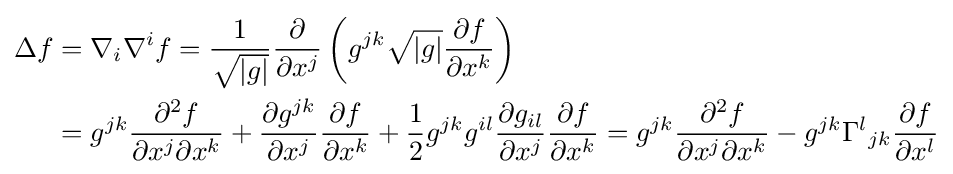
{\begin{aligned}\Delta f&=\nabla _{i}\nabla ^{i}f={\frac {1}{\sqrt {|g|}}}{\frac {\partial }{\partial x^{j}}}\left(g^{jk}{\sqrt {|g|}}{\frac {\partial f}{\partial x^{k}}}\right)\\&=g^{jk}{\frac {\partial ^{2}f}{\partial x^{j}\partial x^{k}}}+{\frac {\partial g^{jk}}{\partial x^{j}}}{\frac {\partial f}{\partial x^{k}}}+{\frac {1}{2}}g^{jk}g^{il}{\frac {\partial g_{il}}{\partial x^{j}}}{\frac {\partial f}{\partial x^{k}}}=g^{jk}{\frac {\partial ^{2}f}{\partial x^{j}\partial x^{k}}}-g^{jk}\Gamma ^{l}{}_{jk}{\frac {\partial f}{\partial x^{l}}}\end{aligned}}